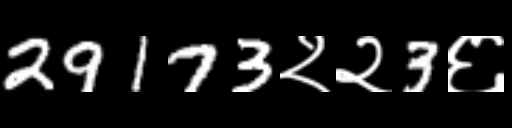
Text: 29173२२3६